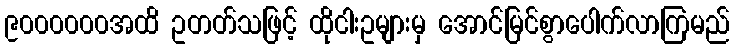
၉၀၀၀၀၀၀အထိ ဥတတ်သဖြင့် ထိုငါးဥများမှ အောင်မြင်စွာပေါက်လာကြမည်